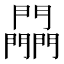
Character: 𨷮